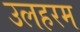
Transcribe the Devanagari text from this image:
उलहरम